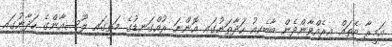
އަމީރާ އެތައް އިރެއްވާންދެން ބާބެކިއު ހަދާތަނުގައި އޮންނަ ރުއްގަނޑުގެ މަތީގައި ލޫސިއާންގެ ހަދާނުގައި